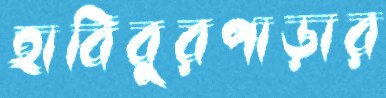
হাবিবুরপাড়ার